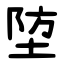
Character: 埅